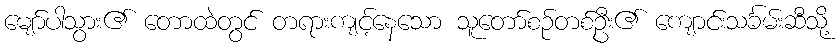
မျော်ပါသွား၏ တောထဲတွင် တရားကျင့်နေသော သူတော်စဉ်တစ်ဦး၏ ကျောင်းသင်္ခမ်းဆီသို့